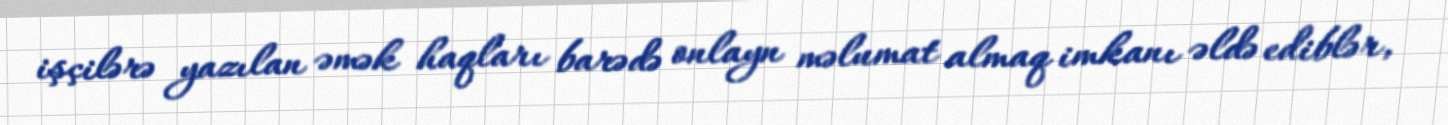
işçilərə yazılan əmək haqları barədə onlayn məlumat almaq imkanı əldə ediblər,